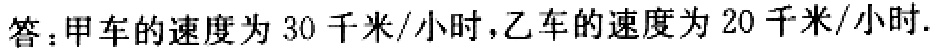
答：甲车的速度为 30 千米/小时，乙车的速度为 20 千米/小时.